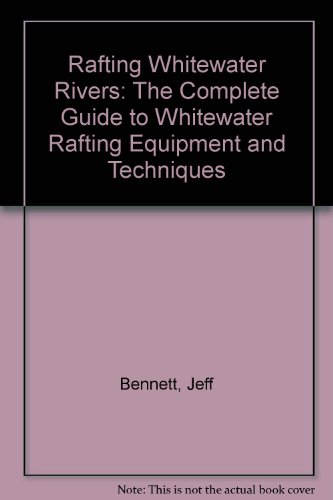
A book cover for Rafting Whitewater Rivers: The Complete Guide to Whitewater Rafting Equipment and Techniques; Jeff Bennett; Sports & Outdoors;